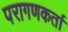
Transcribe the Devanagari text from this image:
परागणकर्ता